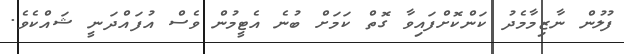
ފުލުން ނާޒިމާމެދު ކަންކޮށްފައިވާ ގޮތް ކަމަށް ބުނެ އެޓީމުން ވެސް އުފައްދަނީ ޝައްކެވެ.